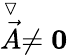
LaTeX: \stackrel{\triangledown}{\vec{A}}\ne{\mathbf 0}